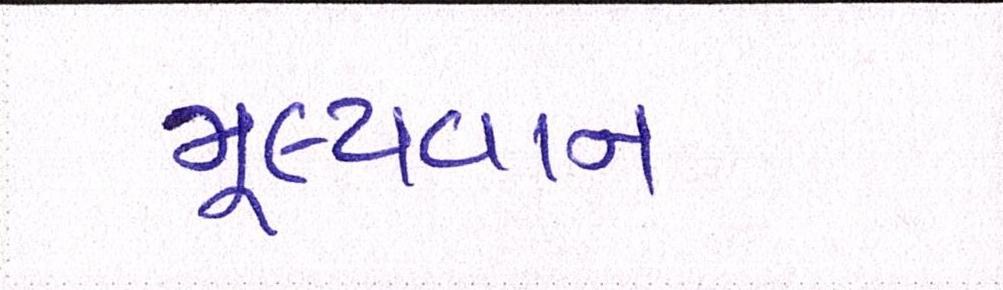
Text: મૂલ્યવાન